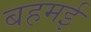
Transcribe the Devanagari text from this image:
बहमई